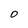
Character: O